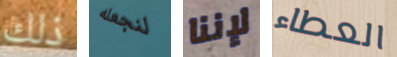
ذلك لنجعله لإننا العطاء